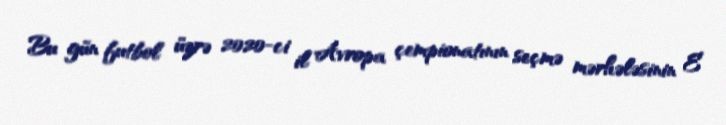
Bu gün futbol üzrə 2020-ci il Avropa çempionatının seçmə mərhələsinin E